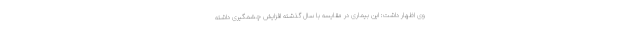
وی اظهار داشت: این بیماری در مقایسه با سال گذشته افزایش چشمگیری داشته